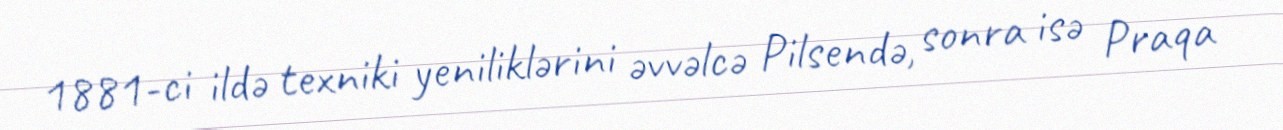
1881-ci ildə texniki yeniliklərini əvvəlcə Pilsendə, sonra isə Praqa